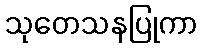
သုတေသနပြုကာ